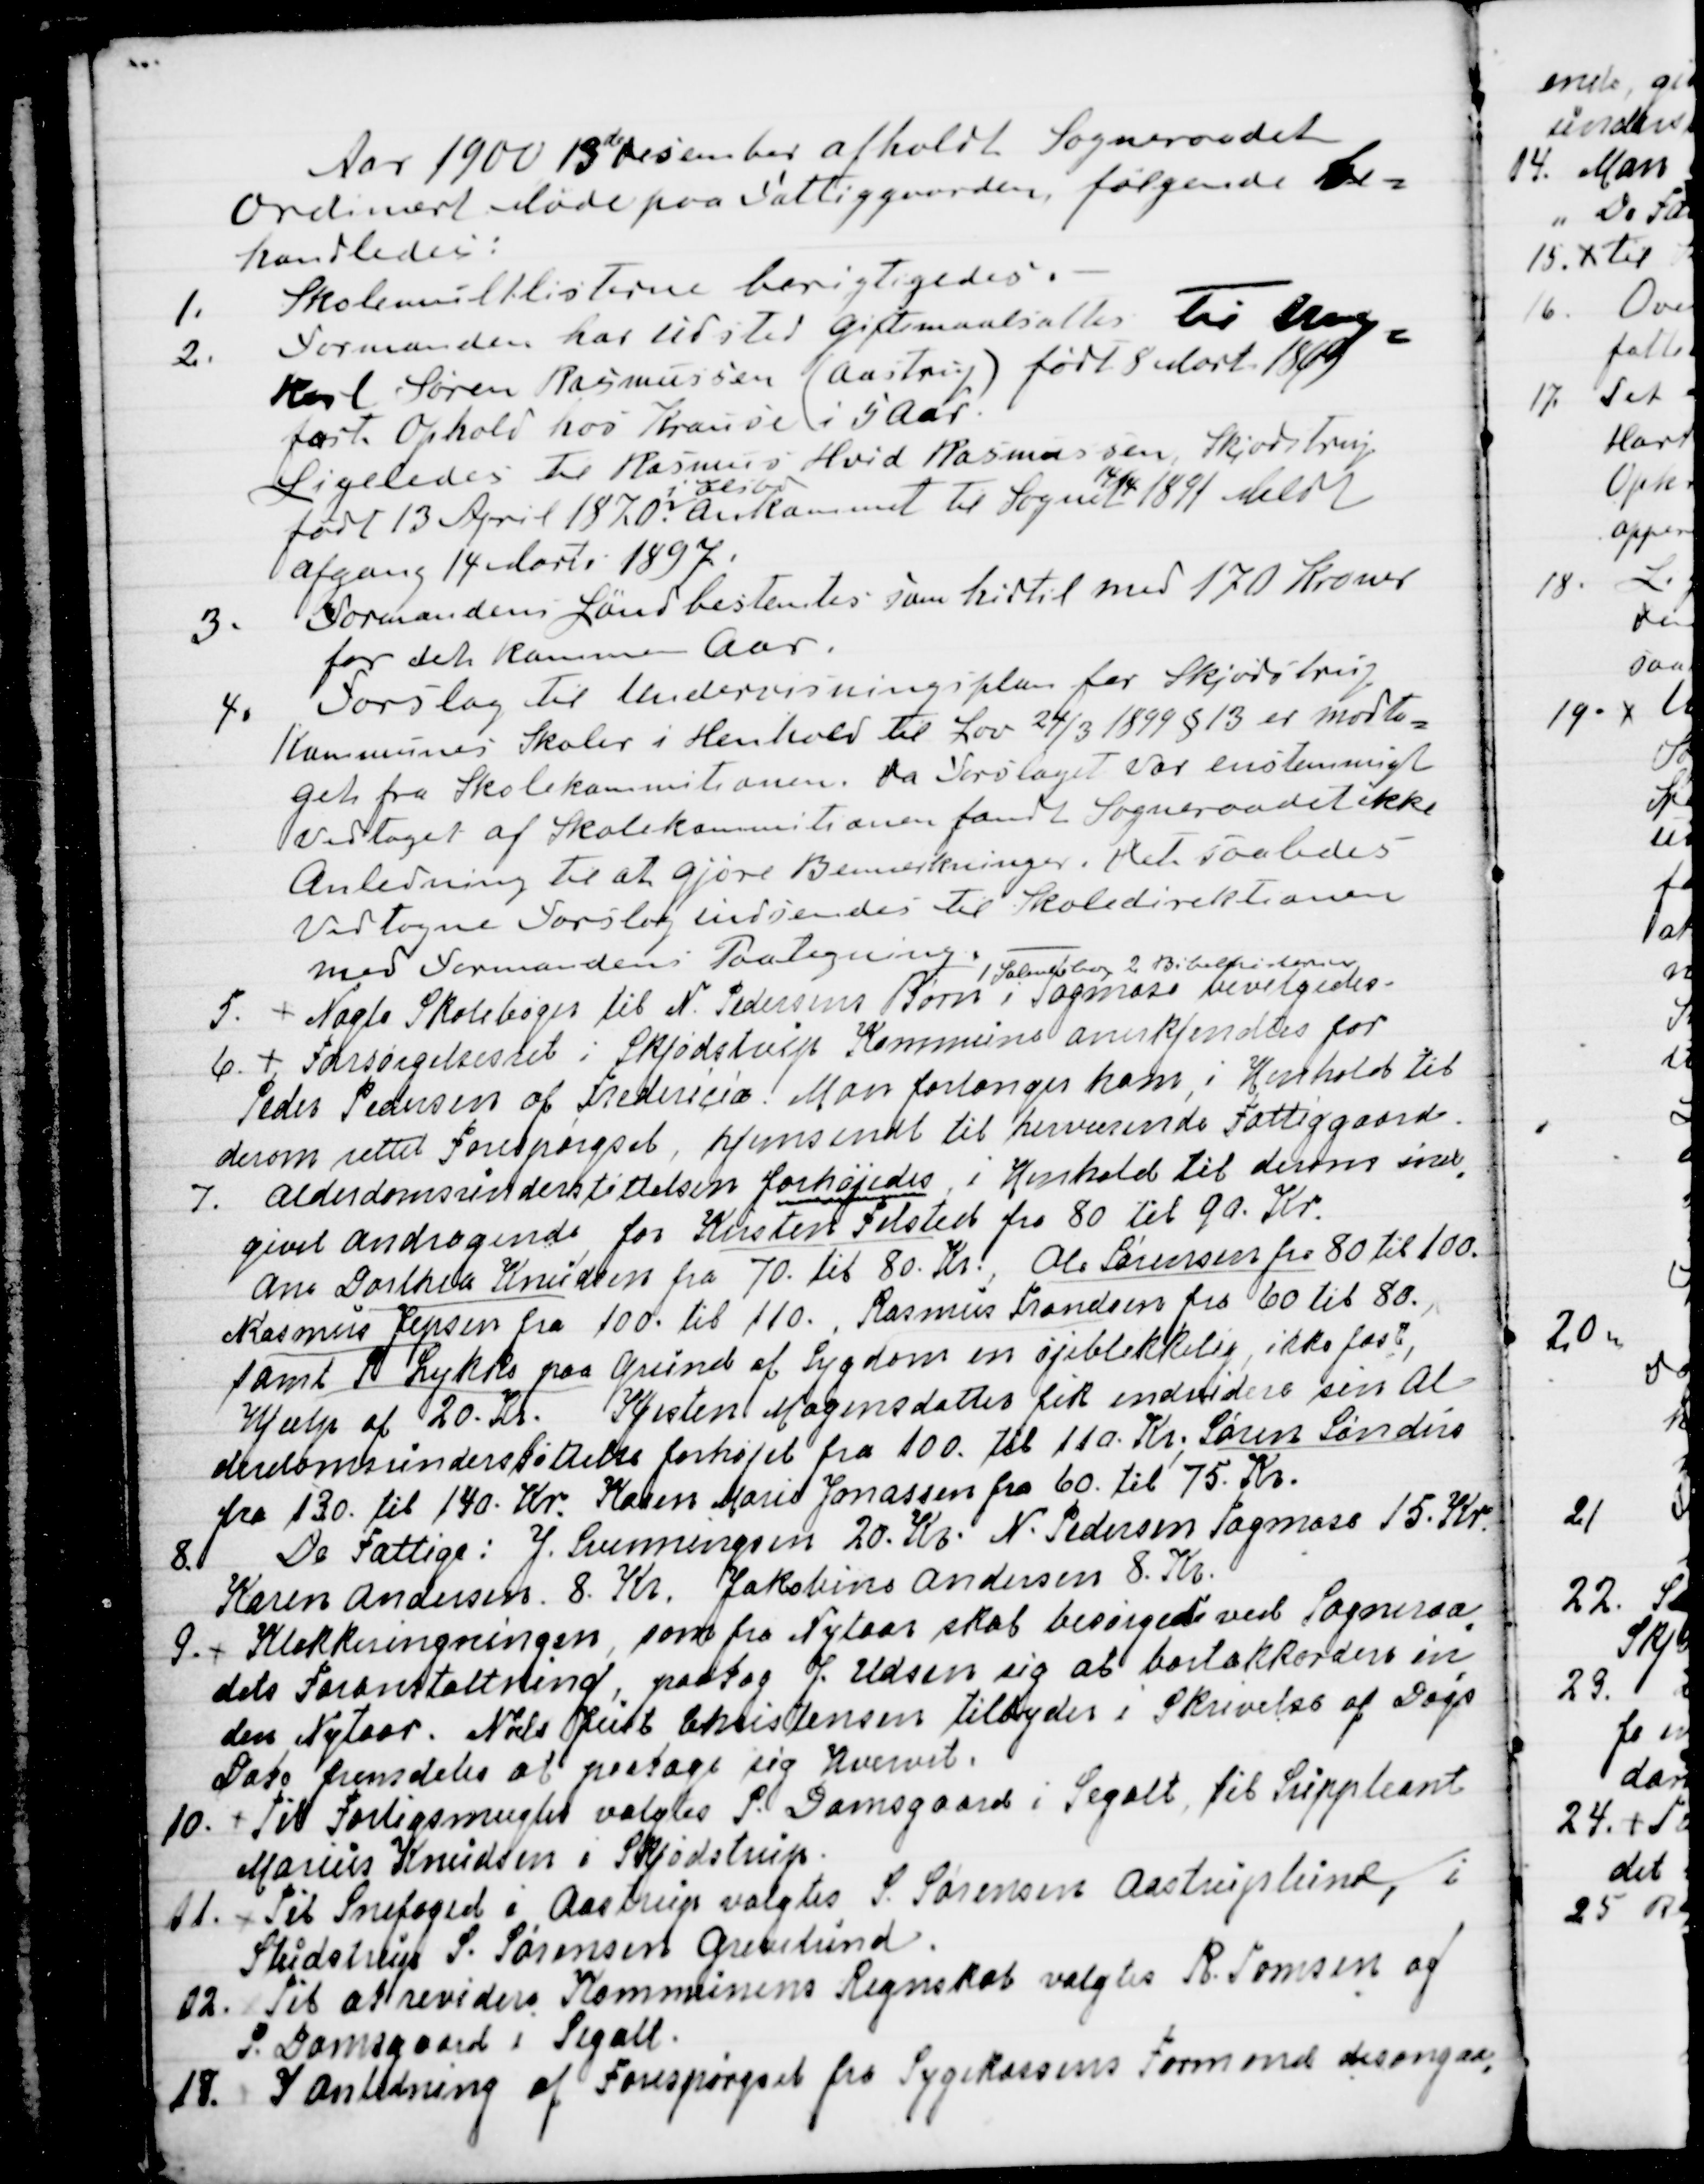
Transskription:
Aar 1900 13de Desember afholdt Sogneraadet
ordinært Møde paa Fattiggaarden, følgende be=
handledes:
1. Skolemulktlisterne berigtigedes.
2. Formanden har udstedt Giftemaalsattest til Ung
=
karl Søren Rasmussen (Aastrup) født  8 Marts 1869
fast Ophold hos Krause i 5 Aar.
Ligeledes til Rasmus Hvid Rasmussen, Skjødstrup
født 13 April 1870. 
i Elsbo
Ankommet til Sognet 
14/4
1891. Meldt
afgang 14. Marts 1897.
3. Formandens Løn bestemtes som hidtil med 170 Kroner
for det kommende Aar.
4. Forslag til Undervisningsplan for Skjødstrup
Kommunes Skoler i Henhold til Lov 24/3 1899 §13 er modta
=
get fra Skolekommitionen. Da Forslaget var enstemmigt
vedtaget af Skolekommitionen fandt Sogneraadet ikke
Anledning til at gjøre Bemærkninger. Det saaledes
vedtagne Forslag indsendes til Skoledirektionen
med Formandens Paategning.
5. Nogle Skolebøger til N. Pedersens Børn i Tagmose bevilgedes -
1 Salmebog, 2 Bibelhistorier
6. Forsørgelsesret i Skjødstrup Kommune anerkjendtes for
Peder Pedersen af Fredericia. Man forlanger ham, i Henhold til
derom rettet Forespørgsel, hjemsendt til herværende Fattiggaard.
7. Alderdomsunderstøttelsen forhøjedes,  i Henhold til derom ind
=
givet Andragende for Kirsten Felsted fra 80. til 90. Kr.
Ane Dorthea Knudsen fra 70. til 80. Kr., Ole Sørensen fra 80 til 100,
Rasmus Jepsen fra 100. til 110. Rasmus Frandsen fra 60 til 80.,
samt P Lykke paa Grund af Sygdom en øjeblikkelig, ikke fast,
Hjælp af 20. Kr. Kjesten Mogensdatter fik endvidere sin Al
-
domsunderstøttelse forhøjet fra 100. til 110. Kr. Søren Sønders
fra 130. til 140. Kr. Karen Marie Jonassen fra 60. til 75. Kr.
8. De Fattige: J. Svenningsen 20. Kr. N. Pedersen Tagmose 15. Kr.
Karen Andersen 8. Kr. Jakobine Andersen 8. Kr. 
9. Klokkeringningen, som fra Nytaar skal besørges ved Sogneraa
=
dets Foranstaltning, paatog J. Udsen sig at bortakkordere in
=
den Nytaar. Niels Just Christensen tilbydes i Skrivelse af Dags
Dato fremdeles at paatage sig Hvervet.
10. Til Forligsmand valgtes P. Damsgaard i Segalt, til Suppleant
Marius Knudsen i Skjødstrup.
11. Til Snefoged i Aastrup valgtes S. Sørensen Aastruplund, i
Studstrup S. Sørensen Grevelund.
12. Til at revidere Kommunens Regnskab valgtes R. Thomsen og
P. Damsgaard i Segalt.
13. I Anledning af Forespørgsel fra Sygekassens Formand desangaa
=